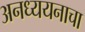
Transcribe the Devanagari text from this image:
अनध्ययनाचा